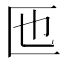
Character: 匜